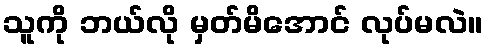
သူကို ဘယ်လို မှတ်မိအောင် လုပ်မလဲ။